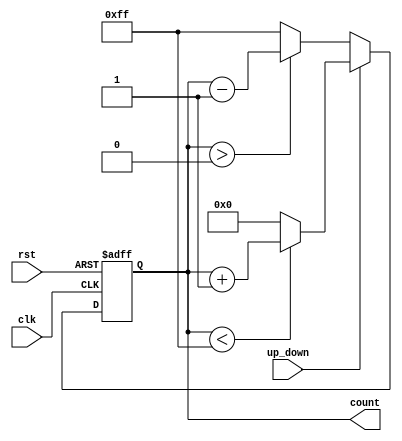
module pulse_counter (
    input wire clk,           // Pulse input
    input wire rst,           // Asynchronous reset input
    input wire up_down,        // Count direction control signal
    output reg [7:0] count    // Count output (8-bit)
);

    // Parameters for count limits
    parameter MAX_COUNT = 8'd255;
    parameter MIN_COUNT = 8'd0;

    // Always block for counting logic
    always @(posedge clk or posedge rst) begin
        if (rst) begin
            count <= MIN_COUNT; // Reset count to zero
        end else begin
            if (up_down) begin
                if (count < MAX_COUNT) begin
                    count <= count + 1; // Increment counter
                end else begin
                    count <= MIN_COUNT; // Wrap around if maximum is reached
                end
            end else begin
                if (count > MIN_COUNT) begin
                    count <= count - 1; // Decrement counter
                end else begin
                    count <= MAX_COUNT; // Wrap around if minimum is reached
                end
            end
        end
    end

endmodule